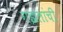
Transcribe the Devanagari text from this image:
गझलांची